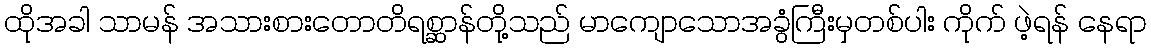
ထိုအခါ သာမန် အသားစားတောတိရစ္ဆာန်တို့သည် မာကျောသောအခွံကြီးမှတစ်ပါး ကိုက် ဖဲ့ရန် နေရာ